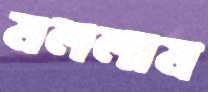
মললাম